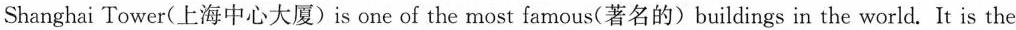
Shanghai Tower(上海中心大厦)is one of the most famous(著名的) buildings in the world. It is the